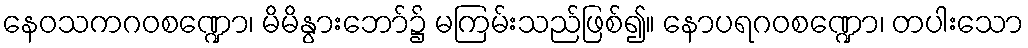
နေဝသကဂဝစဏ္ဍော၊ မိမိနွားဘော်၌ မကြမ်းသည်ဖြစ်၍။ နောပရဂဝစဏ္ဍော၊ တပါးသော